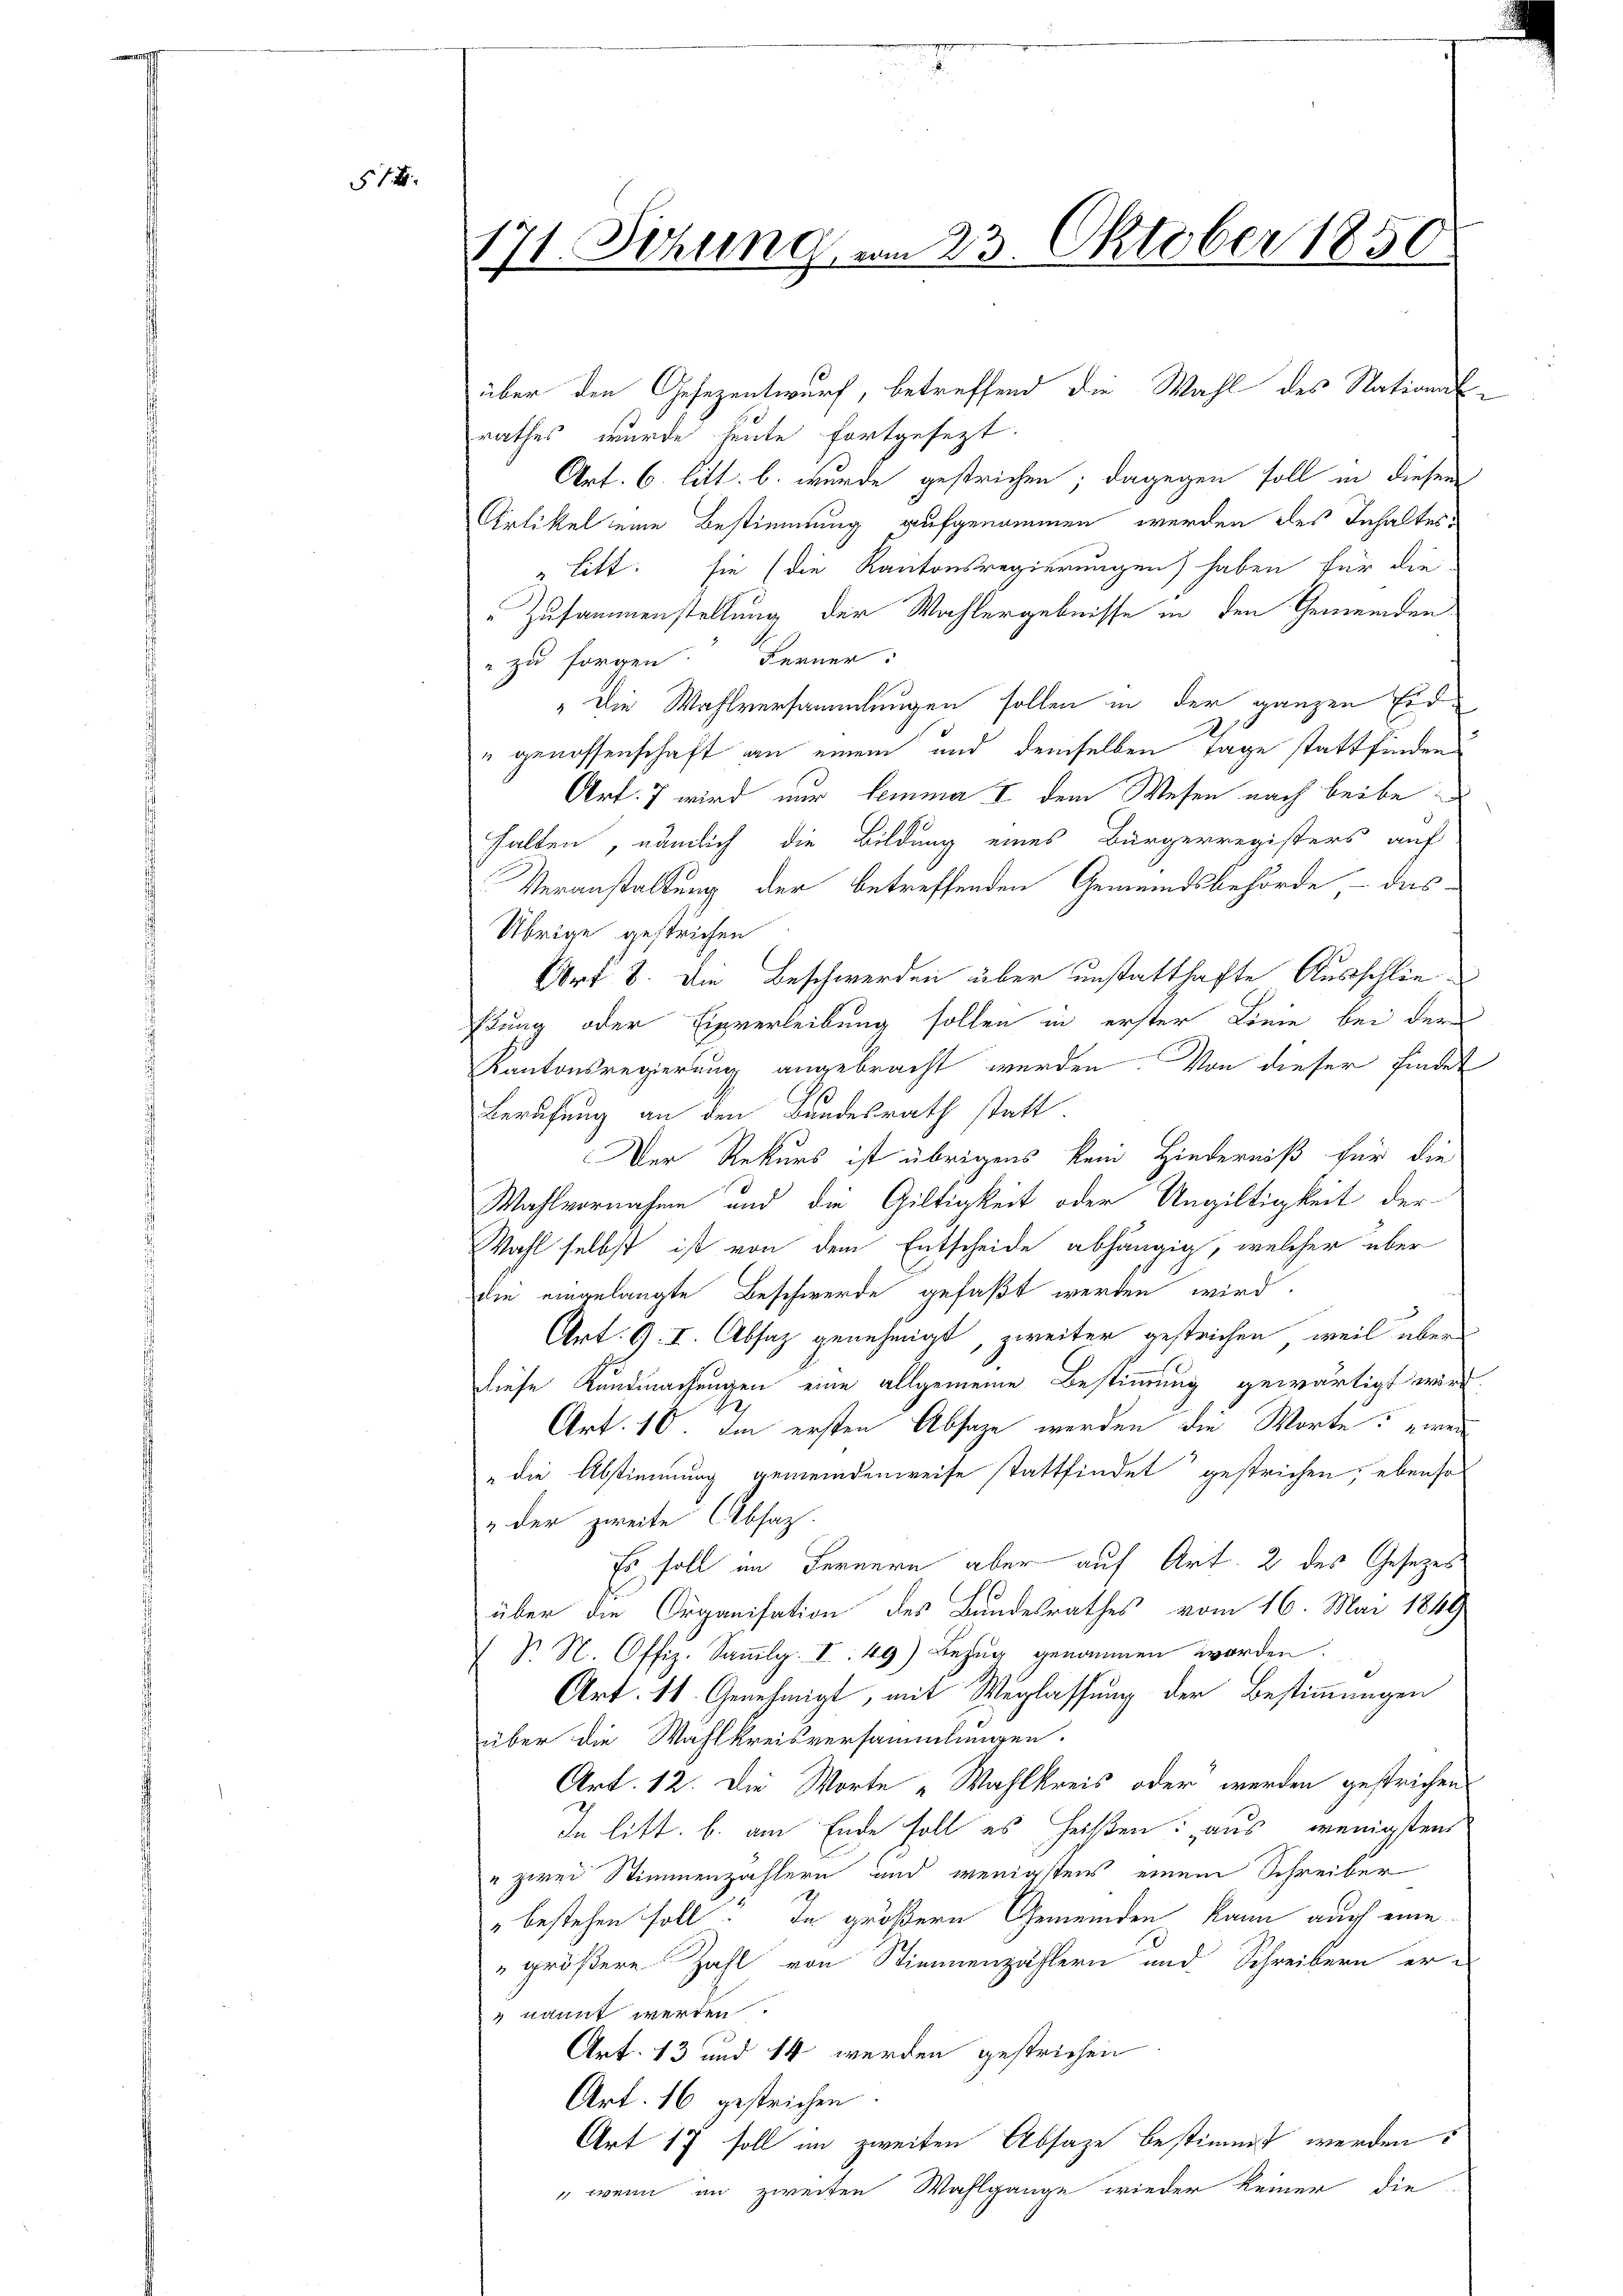
514

1. Sitzung am 23. Oktober 1850
.

über den Gesezentwurf, betreffend die Wahl des Stations-
rathes wurde heute fortgesezt.
Art. 6. litt. b. wurde gestrichen; dagegen soll in diesem
Artikel eine Bestimmung aufgenommen werden des Inhaltes
" Litt. sie (die Kantonsregierungen) haben für die
"Zusammenstellung der Wahlergebnisse in den Gemeinden
" zu sorgen Ferner:
" Die Wahlversammlungen sollen in der ganzen Eid¬
D
" genossenschaft an einem und demselben Tage stattfinden
Art. 7 wird nur lemma I dem Wesen nach beibe
halten, nämlich die Bildung eines Bürgerregisters auf
Veranstaltung der betreffenden Gemeindsbehörde, – das
Übrige gestrichen
Urt 8. Die Beschwerden über unstatthafte Ausschlieftung oder Einverleibung sollen in erster Linie bei der
Kantonsregierung angebracht werden. Von dieser findet
Berufung an den Bundesrath statt.
Der Rekurs ist übrigens kein Hinderniß für die
Wahlvornahme und die Giltigkeit oder Ungültigkeit der
Wahl selbst ist von dem Entscheide abhängig, welcher über
die eingelangte Beschwerde gefaßt werden wird.
Art. A. I. Absaz genehmigt, zweiter gestrichen, weil über
diese Kundmachungen eine allgemeine Bestimmung gewärtigt wird.
Art. 10. die ersten Absage werden die Worte: wei
„die Abstimmung gemeindenweise stattfindet gestrichen, ebenso
& der zweite Absatz.
Es soll im Fernern aber auf Art. 2 des Gesetzes
über die Organisation des Bundesrathes vom 16. Mai 1849
S. N. Offiz. Sammlg. I: 49) Bezug genommen worden.
Art. 11. Genehmigt, mit Weglassung der Bestimmungen
über die Wahlkreisversammlungen.
Art. 12. Die Worte „Wahlkreis oder werden gestrichen
In litt. b. am Ende soll es heißen: aus wenigstens
" zwei Stimmenzählern und wenigstens einem Schreiber
" bestehen soll! In größern Gemeinden kann auch eine
"größere Zahl von Stimmenzählern und Schreibern er-
 nannt werden.
Art. 13 und 14 werden gestrichen
Art. 16 gestrichen.
Art 17 soll im zweiten Absage bestimmt werden:
 wenn im zweiten Wahlgange wieder keiner die